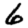
Digit: 6